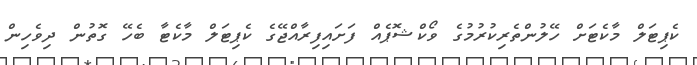
ކެޕިޓަލް މާކެޓަށް ހޭލުންތެރިކުރުމުގެ ވޯކްޝޮޕެއް ފަށައިފިރާއްޖޭގެ ކެޕިޓަލް މާކެޓާ ބެހޭ ގޮތުން ދިވެހިން